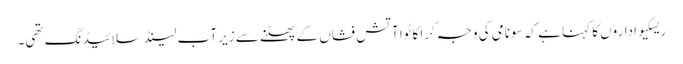
ریسکیو اداروں کا کہنا ہے کہ سونامی کی وجہ کراکاٹوا آتش فشاں کے پھٹنے سے زیر آب لینڈ سلائیڈنگ تھی۔